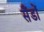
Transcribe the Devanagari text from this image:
सैंडों